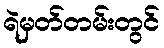
ရဲမှတ်တမ်းတွင်